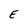
Character: E